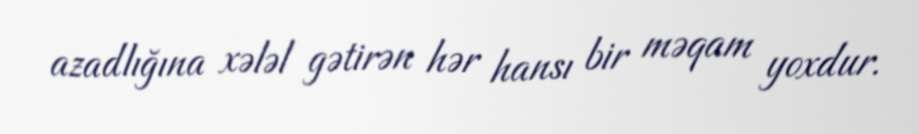
azadlığına xələl gətirən hər hansı bir məqam yoxdur.